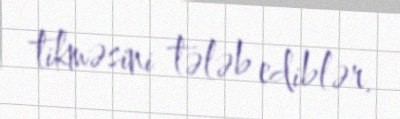
tikməsini tələb ediblər.